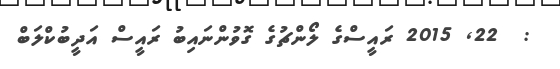
:  22